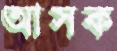
আসক